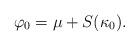
LaTeX: \begin{align*}\varphi_0 = \mu + S(\kappa_0) \mathrlap{.}\end{align*}